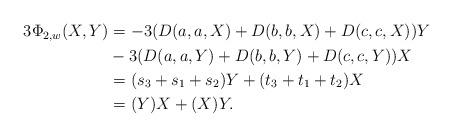
LaTeX: \begin{align*} \begin{aligned}3\Phi_{2,w}(X,Y)& = -3(D(a,a,X) + D(b,b,X) + D(c,c,X))Y \\ & -3(D(a,a,Y) + D(b,b,Y) + D(c,c,Y))X \\& = (s_3+s_1+s_2)Y + (t_3+t_1+t_2)X \\& = (Y)X+(X)Y.\end{aligned}\end{align*}